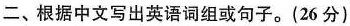
二、根据中文写出英语词组或句子。(26分)